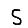
Digit: 5